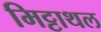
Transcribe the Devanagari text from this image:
मिट्टाथल